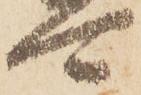
可